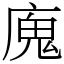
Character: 廆